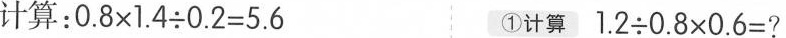
计算：$$ 0.8 \times 1.4 {\div} 0.2 = 5.6$$ ①计算$$ 1.2 {\div} 0.8 \times 0.6 = ?$$